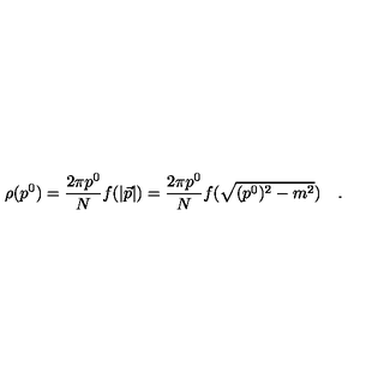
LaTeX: \rho ( p ^ { 0 } ) = \frac { 2 \pi p ^ { 0 } } { N } f ( | \vec { p } | ) = \frac { 2 \pi p ^ { 0 } } { N } f ( \sqrt { ( p ^ { 0 } ) ^ { 2 } - m ^ { 2 } } ) \quad .